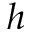
h